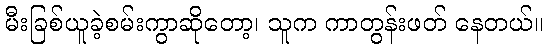
မီးခြစ်ယူခဲ့စမ်းကွာဆိုတော့၊ သူက ကာတွန်းဖတ် နေတယ်။